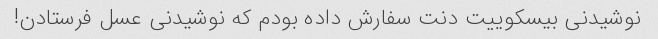
نوشیدنی بیسکوییت دنت سفارش داده بودم که نوشیدنی عسل فرستادن!